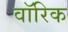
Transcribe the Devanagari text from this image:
वॉरिक